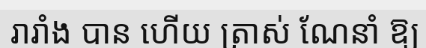
រារាំង បាន ហើយ ត្រាស់ ណែនាំ ឱ្យ